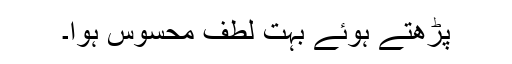
پڑھتے ہوئے بہت لطف محسوس ہوا۔